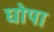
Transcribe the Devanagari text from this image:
घोपा